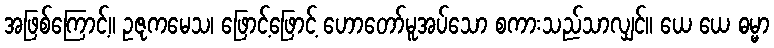
အဖြစ်ကြောင့်။ ဥဇုကမေသ၊ ဖြောင့်ဖြောင့် ဟောတော်မူအပ်သော စကားသည်သာလျှင်။ ယေ ယေ ဓမ္မာ